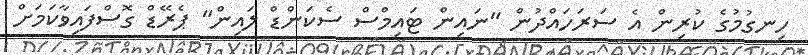
ހިނގުމުގެ ކުރިން އެ ސަރަހައްދުން "ނައިން ޓައިމްސް ސެކަންޑް ލައިން" ޕެރޭޑް ގޮސްފައިވާކަމަށް